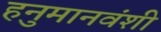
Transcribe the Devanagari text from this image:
हनुमानवंशी